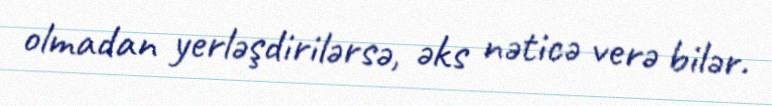
olmadan yerləşdirilərsə, əks nəticə verə bilər.